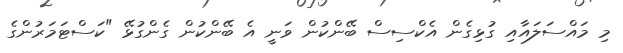
މި މައްސަލައާއި ގުޅިގެން އެކްސިސް ބޭންކުން ވަނީ އެ ބޭންކުން ގެންގުޅޭ "ކަސްޓަމަރުންގެ